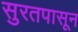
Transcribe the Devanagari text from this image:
सुरतपासून